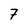
Character: 7